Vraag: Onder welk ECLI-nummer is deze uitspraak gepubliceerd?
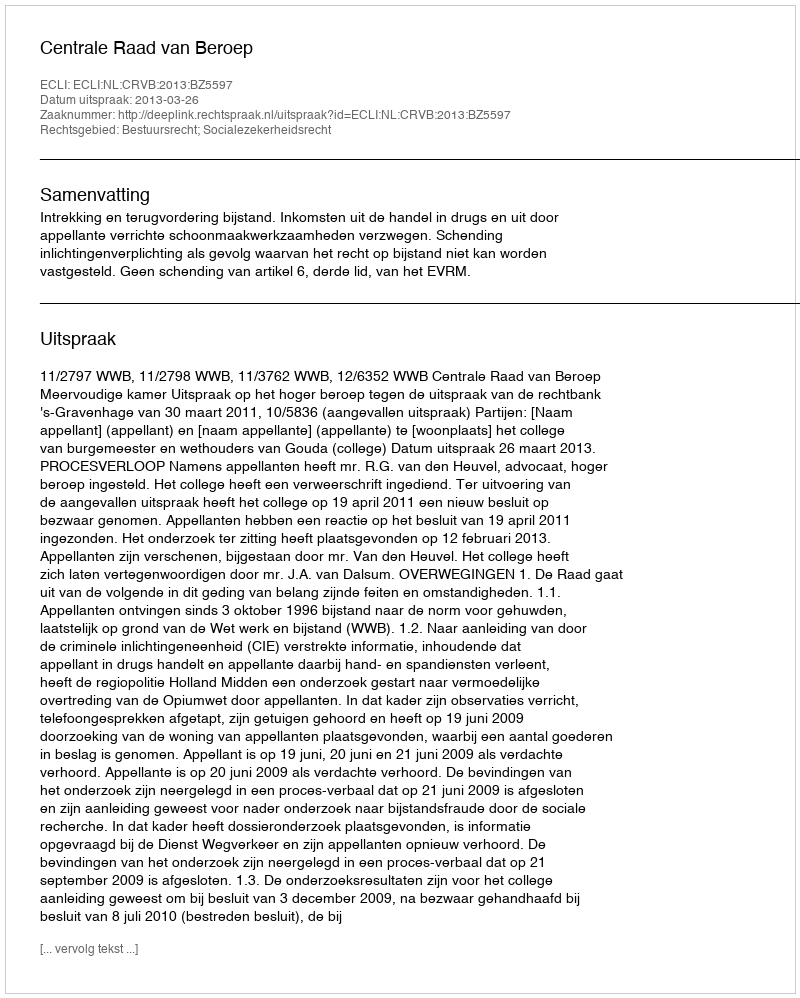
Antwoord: ECLI:NL:CRVB:2013:BZ5597